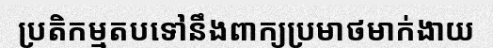
ប្រតិកម្មតបទៅនឹងពាក្យប្រមាថមាក់ងាយ